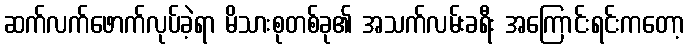
ဆက်လက်ဖောက်လုပ်ခဲ့ရာ မိသားစုတစ်ခု၏ အသက်လမ်းခရီး အကြောင်းရင်းကတော့